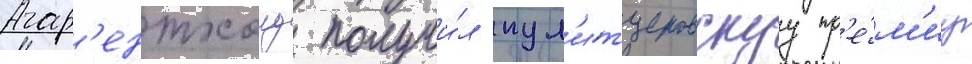
Фар'ентхолд получи́л пул'итцеровскуу пр'е́м'иу